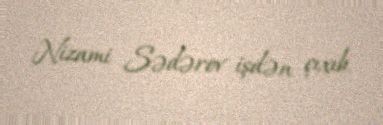
Nizami Sədərov işdən çıxıb.